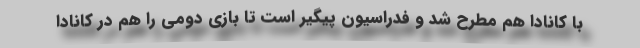
با کانادا هم مطرح شد و فدراسیون پیگیر است تا بازی دومی را هم در کانادا